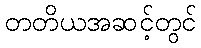
တတိယအဆင့်တွင်